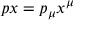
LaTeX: p x = p _ { \mu } x ^ { \mu }